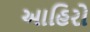
આહિરો